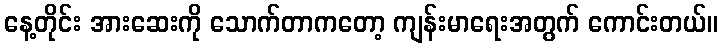
နေ့တိုင်း အားဆေးကို သောက်တာကတော့ ကျန်းမာရေးအတွက် ကောင်းတယ်။